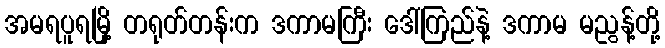
အမရပူရမြို့ တရုတ်တန်းက ဒကာမကြီး ဒေါ်ကြည်နဲ့ ဒကာမ မညွန့်တို့